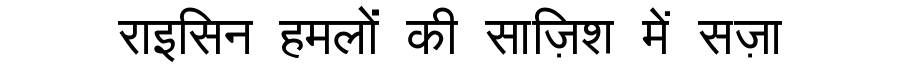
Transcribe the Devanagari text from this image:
राइसिन हमलों की साज़िश में सज़ा